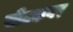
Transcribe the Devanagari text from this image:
सीटकवर